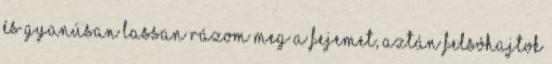
és gyanúsan lassan rázom meg a fejemet, aztán felsóhajtok